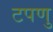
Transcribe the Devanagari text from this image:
टपणु